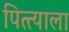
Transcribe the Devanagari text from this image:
पित्त्याला